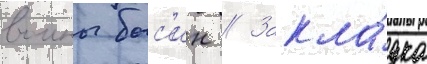
воины бос'ин // Закла́дка